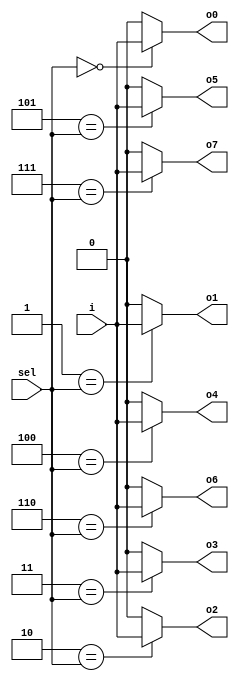

module demux_generate (output o0 , output o1, output o2 , output o3, output o4, output o5, output o6 , output o7 , input [2:0] sel  , input i);
reg [7:0]y_int;
assign {o7,o6,o5,o4,o3,o2,o1,o0} = y_int;
integer k;
always @ (*)
begin
y_int = 8'b0;
for(k = 0; k < 8; k++) begin
	if(k == sel)
		y_int[k] = i;
end
end
endmodule